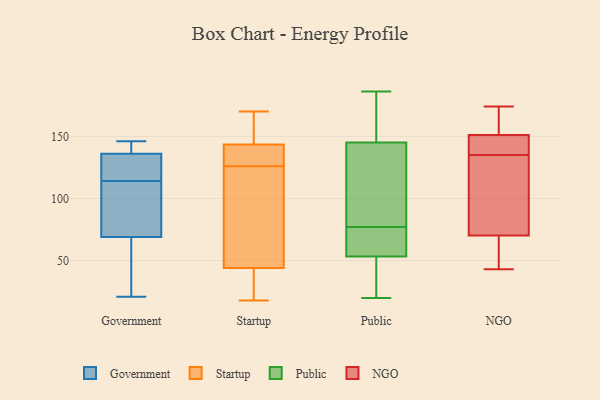
{"axis": {"x": "Budget (USD K)", "y": "Value"}, "legend": ["Government", "NGO", "Public", "Startup"], "data": [{"x": "", "y": 116, "type": "Government"}, {"x": "", "y": 29, "type": "Government"}, {"x": "", "y": 123, "type": "Government"}, {"x": "", "y": 139, "type": "Government"}, {"x": "", "y": 140, "type": "Government"}, {"x": "", "y": 63, "type": "Government"}, {"x": "", "y": 135, "type": "Government"}, {"x": "", "y": 112, "type": "Government"}, {"x": "", "y": 71, "type": "Government"}, {"x": "", "y": 114, "type": "Government"}, {"x": "", "y": 146, "type": "Government"}, {"x": "", "y": 21, "type": "Government"}, {"x": "", "y": 111, "type": "Government"}, {"x": "", "y": 39, "type": "Startup"}, {"x": "", "y": 18, "type": "Startup"}, {"x": "", "y": 136, "type": "Startup"}, {"x": "", "y": 132, "type": "Startup"}, {"x": "", "y": 101, "type": "Startup"}, {"x": "", "y": 29, "type": "Startup"}, {"x": "", "y": 151, "type": "Startup"}, {"x": "", "y": 170, "type": "Startup"}, {"x": "", "y": 49, "type": "Startup"}, {"x": "", "y": 134, "type": "Startup"}, {"x": "", "y": 120, "type": "Startup"}, {"x": "", "y": 163, "type": "Startup"}, {"x": "", "y": 138, "type": "Public"}, {"x": "", "y": 52, "type": "Public"}, {"x": "", "y": 20, "type": "Public"}, {"x": "", "y": 64, "type": "Public"}, {"x": "", "y": 186, "type": "Public"}, {"x": "", "y": 77, "type": "Public"}, {"x": "", "y": 57, "type": "Public"}, {"x": "", "y": 57, "type": "Public"}, {"x": "", "y": 113, "type": "Public"}, {"x": "", "y": 145, "type": "Public"}, {"x": "", "y": 186, "type": "Public"}, {"x": "", "y": 30, "type": "Public"}, {"x": "", "y": 155, "type": "Public"}, {"x": "", "y": 37, "type": "Public"}, {"x": "", "y": 145, "type": "Public"}, {"x": "", "y": 43, "type": "NGO"}, {"x": "", "y": 75, "type": "NGO"}, {"x": "", "y": 174, "type": "NGO"}, {"x": "", "y": 149, "type": "NGO"}, {"x": "", "y": 135, "type": "NGO"}, {"x": "", "y": 126, "type": "NGO"}, {"x": "", "y": 166, "type": "NGO"}, {"x": "", "y": 143, "type": "NGO"}, {"x": "", "y": 56, "type": "NGO"}, {"x": "", "y": 157, "type": "NGO"}, {"x": "", "y": 50, "type": "NGO"}, {"x": "", "y": 107, "type": "NGO"}, {"x": "", "y": 145, "type": "NGO"}]}